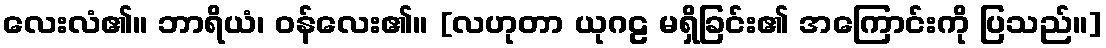
လေးလံ၏။ ဘာရိယံ၊ ဝန်လေး၏။ [လဟုတာ ယုဂဠ မရှိခြင်း၏ အကြောင်းကို ပြသည်။]